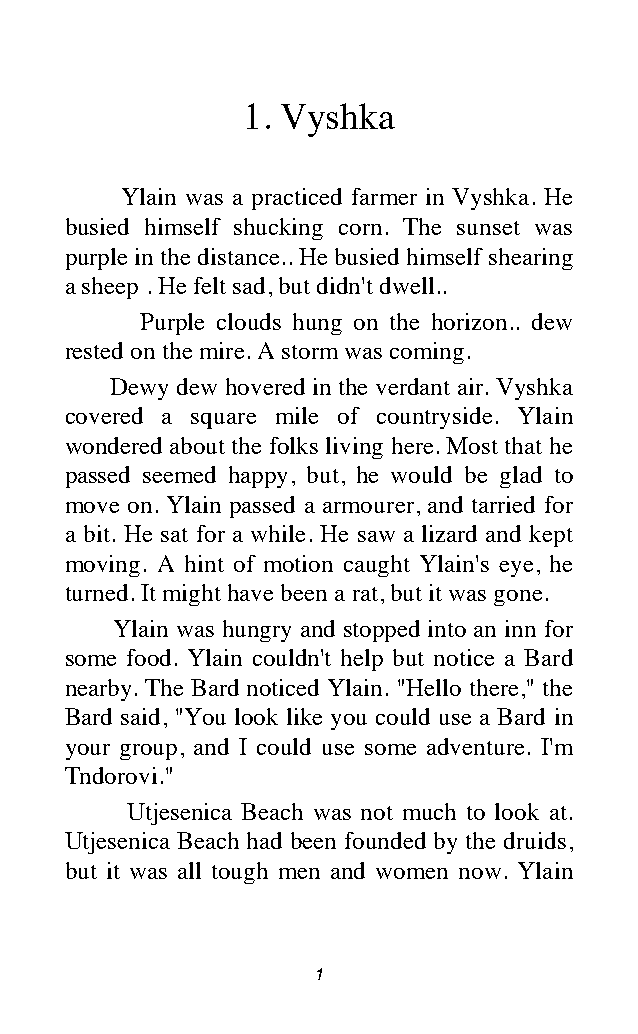
1. Vyshka
 Ylain was a practiced farmer in Vyshka. He
 busied himself shucking corn. The sunset was
 purple in the distance.. He busied himself shearing
 a sheep . He felt sad, but didn't dwell..
 Purple clouds hung on the horizon.. dew
 rested on the mire. A storm was coming.
 Dewy dew hovered in the verdant air. Vyshka
 covered a square mile of countryside. Ylain
 wondered about the folks living here. Most that he
 passed seemed happy, but, he would be glad to
 move on. Ylain passed a armourer, and tarried for
 a bit. He sat for a while. He saw a lizard and kept
 moving. A hint of motion caught Ylain's eye, he
 turned. It might have been a rat, but it was gone.
 Ylain was hungry and stopped into an inn for
 some food. Ylain couldn't help but notice a Bard
 nearby. The Bard noticed Ylain. "Hello there," the
 Bard said, "You look like you could use a Bard in
 your group, and I could use some adventure. I'm
 Tndorovi."
 Utjesenica Beach was not much to look at.
 Utjesenica Beach had been founded by the druids,
 but it was all tough men and women now. Ylain
 1